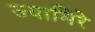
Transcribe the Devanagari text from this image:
ज्यामिरे